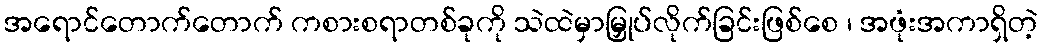
အရောင်တောက်တောက် ကစားစရာတစ်ခုကို သဲထဲမှာမြှုပ်လိုက်ခြင်းဖြစ်စေ ၊ အဖုံးအကာရှိတဲ့